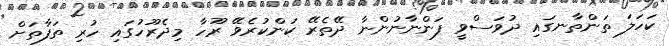
ކަހަލަ ތަންތާނގައި ދުވަސްވީ ފަންނާނުންނާ ދޭތެރޭ ކަންކުރެވޭ ރޫހާ މިދެރޫހުގައި ހުރި ތަފާތަށް